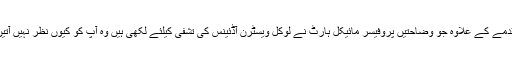
مقدمے کے علاوہ جو وضاحتیں پروفیسر مائیکل ہارٹ نے لوکل ویسٹرن آڈئینس کی تشفی کیلئے لکھی ہیں وہ آپ کو کیوں نظر نہیں آتیں؟